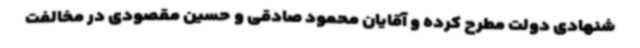
شنهادی دولت مطرح کرده و آقایان محمود صادقی و حسین مقصودی در مخالفت